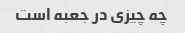
چه چیزی در جعبه است